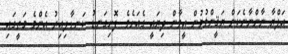
އަލްޔާ ނާންނާނެކަން ޔަޤީންވުމުން އީވާން ދިޔައީ ގެއަށެވެ. ފޮށިގަނޑު ކަނޑާލިއިރު އެންމެ މަތީގައި